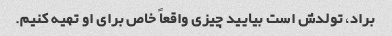
براد، تولدش است بیایید چیزی واقعاً خاص برای او تهیه کنیم.